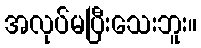
အလုပ်မပြီးသေးဘူး။